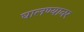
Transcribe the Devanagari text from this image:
घालण्यावर